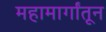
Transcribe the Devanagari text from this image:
महामार्गांतून